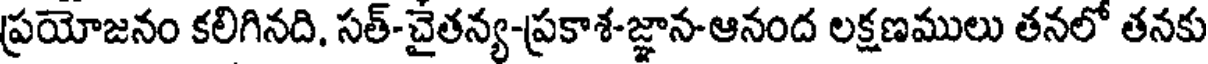
ప్రయోజనం కలిగినది, సత్-చైతన్య-ప్రకాశ-జ్ఞాన-ఆనంద లక్షణములు తనలో తనకు